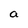
Character: a